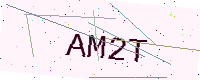
Text: AM2T